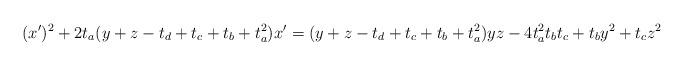
LaTeX: \begin{align*}(x')^2+2t_a(y+z-t_d+t_c+t_b+t_a^2)x' = (y+z-t_d+t_c+t_b+t_a^2)yz- 4t_a^2t_bt_c + t_by^2 + t_cz^2\end{align*}